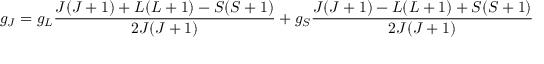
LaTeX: g _ { J } = g _ { L } { \frac { J ( J + 1 ) + L ( L + 1 ) - S ( S + 1 ) } { 2 J ( J + 1 ) } } + g _ { S } { \frac { J ( J + 1 ) - L ( L + 1 ) + S ( S + 1 ) } { 2 J ( J + 1 ) } }